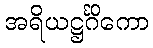
အရိယဋ္ဌင်္ဂိကော